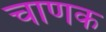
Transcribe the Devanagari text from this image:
चाणक